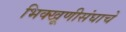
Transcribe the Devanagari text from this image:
भिक्खूणीसंघाचे